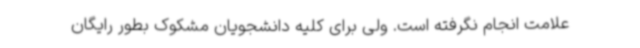
علامت انجام نگرفته است. ولی برای کلیه دانشجویان مشکوک بطور رایگان